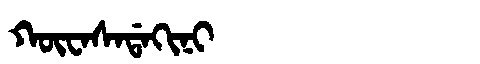
Manchu: ᡴᡡᠸᠠᠰᠠᡩᠠᡴᡳᠨᡳ
Romanization: KŪWASADAKINI